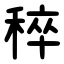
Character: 稡